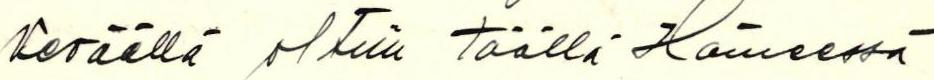
Keväällä oltiin täällä Hämeessä